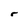
Character: r